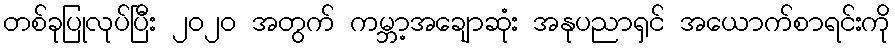
တစ်ခုပြုလုပ်ပြီး ၂၀၂၀ အတွက် ကမ္ဘာ့အချောဆုံး အနုပညာရှင် အယောက်စာရင်းကို